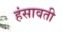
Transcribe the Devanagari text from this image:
हंसावती